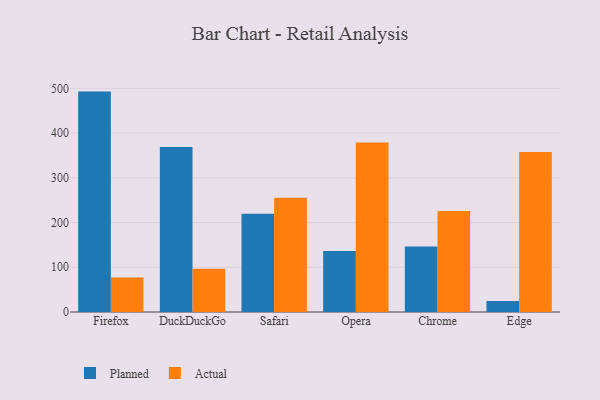
{"axis": {"x": "Browser", "y": "Churn Rate (%)"}, "legend": ["Actual", "Planned"], "data": [{"x": "Firefox", "y": 492.9, "type": "Planned"}, {"x": "Firefox", "y": 77.0, "type": "Actual"}, {"x": "DuckDuckGo", "y": 369.0, "type": "Planned"}, {"x": "DuckDuckGo", "y": 96.6, "type": "Actual"}, {"x": "Safari", "y": 219.7, "type": "Planned"}, {"x": "Safari", "y": 255.7, "type": "Actual"}, {"x": "Opera", "y": 136.4, "type": "Planned"}, {"x": "Opera", "y": 379.2, "type": "Actual"}, {"x": "Chrome", "y": 146.3, "type": "Planned"}, {"x": "Chrome", "y": 225.6, "type": "Actual"}, {"x": "Edge", "y": 24.6, "type": "Planned"}, {"x": "Edge", "y": 357.6, "type": "Actual"}]}